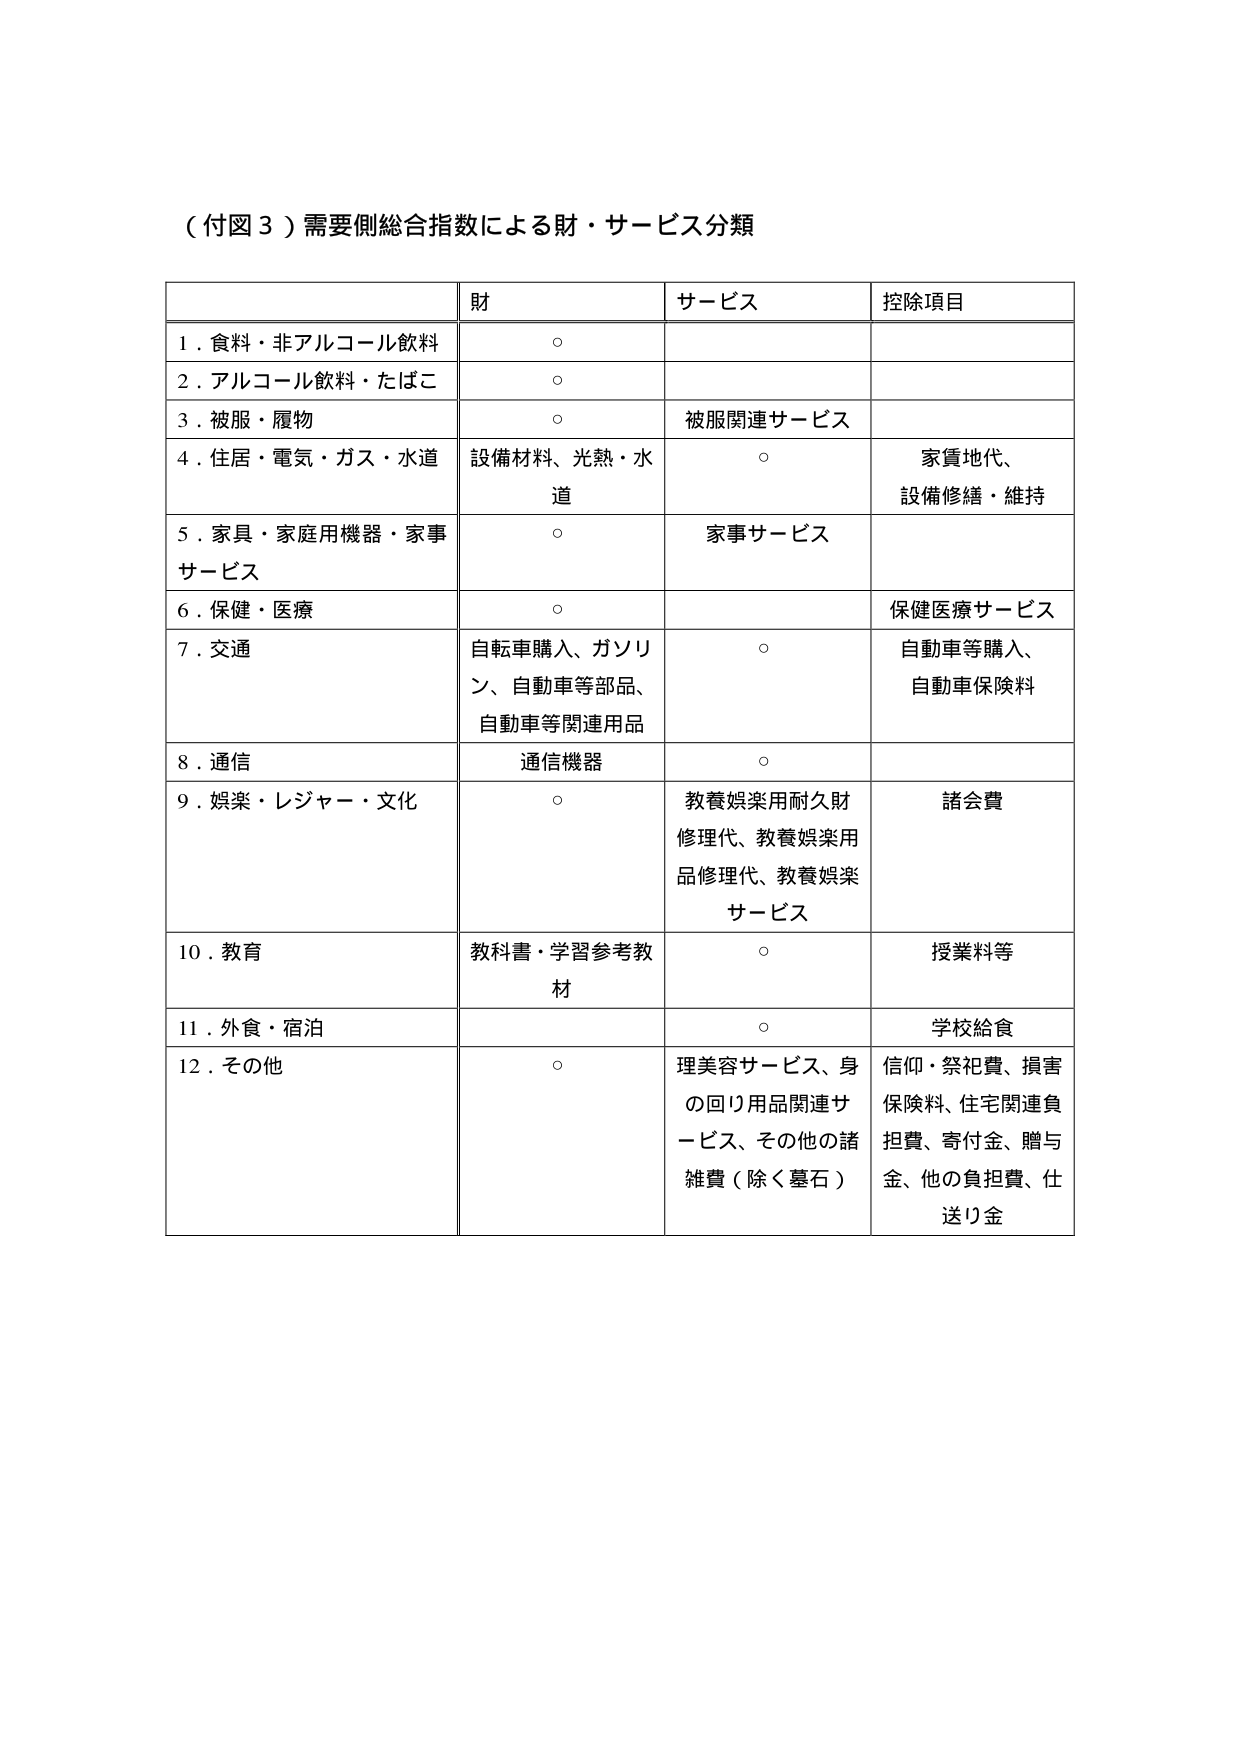
（付図３）需要側総合指数による財・サービス分類

| | 財 | サービス | 控除項目 |
|---|---|---|---|
| １．食料・非アルコール飲料 | ○ | | |
| ２．アルコール飲料・たばこ | ○ | | |
| ３．被服・履物 | ○ | 被服関連サービス | |
| ４．住居・電気・ガス・水道 | 設備材料、光熱・水道 | ○ | 家賃地代、設備修繕・維持 |
| ５．家具・家庭用機器・家事サービス | ○ | 家事サービス | |
| ６．保健・医療 | ○ | | 保健医療サービス |
| ７．交通 | 自転車購入、ガソリン、自動車等部品、自動車等関連用品 | ○ | 自動車等購入、自動車保険料 |
| ８．通信 | 通信機器 | ○ | |
| ９．娯楽・レジャー・文化 | ○ | 教養娯楽用耐久財修理代、教養娯楽用品修理代、教養娯楽サービス | 諸会費 |
| 10．教育 | 教科書・学習参考教材 | ○ | 授業料等 |
| 11．外食・宿泊 | | ○ | 学校給食 |
| 12．その他 | ○ | 理美容サービス、身の回り用品関連サービス、その他の諸雑費（除く墓石） | 信仰・祭祀費、損害保険料、住宅関連負担費、寄付金、贈与金、他の負担費、仕送り金 |